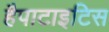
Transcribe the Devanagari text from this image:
हैपाटाइटिस